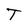
Character: T